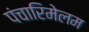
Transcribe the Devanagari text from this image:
पंचारिमेलम